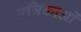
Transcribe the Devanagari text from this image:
पत्रिकाओं